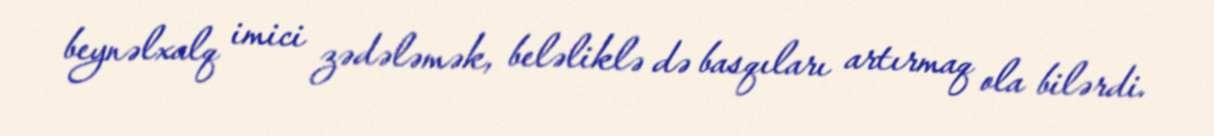
beynəlxalq imici zədələmək, beləliklə də basqıları artırmaq ola bilərdi.